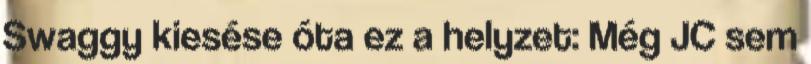
Swaggy kiesése óta ez a helyzet: Még JC sem